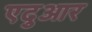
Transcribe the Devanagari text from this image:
एदुआर